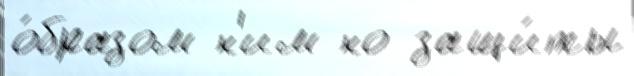
о́бразом н'им но защи́ты